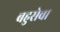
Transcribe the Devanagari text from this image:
बहुसेवा